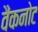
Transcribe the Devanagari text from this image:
वैंकनोट